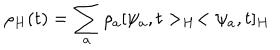
LaTeX: \rho _ { H } ( t ) = \sum _ { a } \rho _ { a } [ \psi _ { a } , t > _ { H } < \psi _ { a } , t ] _ { H }